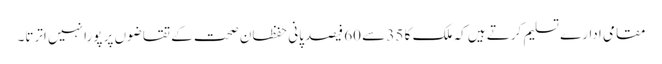
مقامی ادارے تسلیم کرتے ہیں کہ ملک کا 35 سے 60 فیصد پانی حفظانِ صحت کے تقاضوں پر پورا نہیں اترتا۔